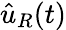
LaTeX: {\hat{u}}_{R}(t)